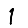
Digit: 1